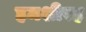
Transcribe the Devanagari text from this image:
हमशीरह